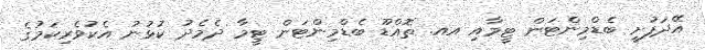
އޭދަފުށީ ބެޑްމިންޓަން ޓީމާއި އއ. ތޮއްޑޫ ބެޑްމިންޓަން ޓީމާ ދެމެދު ކުޅުނު އެކުވެރިކަމުގެ